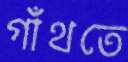
গাঁথতে